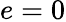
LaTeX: e=0